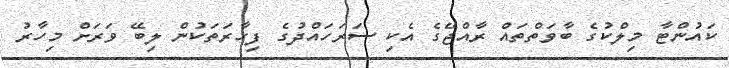
ކައުންޓާ މިލްކުގެ ބާވަތްތައް ރާއްޖޭގެ އެކި ސަރަހައްދުގެ ފިހާރަތަކުން ލިބޭ ވަރަށް މިހާރު